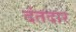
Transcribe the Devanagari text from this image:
दंतदार